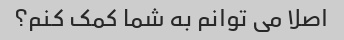
اصلا می توانم به شما کمک کنم؟